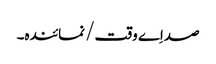
صداِے وقت/ نمائندہ۔